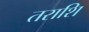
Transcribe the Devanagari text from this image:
तराशि